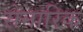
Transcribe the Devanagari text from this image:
सेनारिक